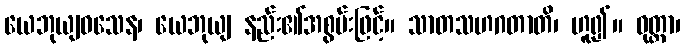
ယေဘုယျဝသေန၊ ယေဘုယျ နည်း၏အစွမ်းဖြင့်။ သာတသဟဂတာတိ၊ ဟူ၍။ ဝုတ္တာ၊